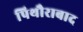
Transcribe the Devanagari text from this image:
पिथौराबाद